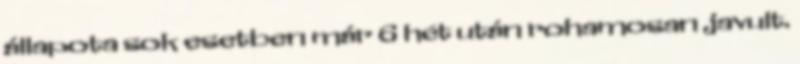
állapota sok esetben már 6 hét után rohamosan javult.